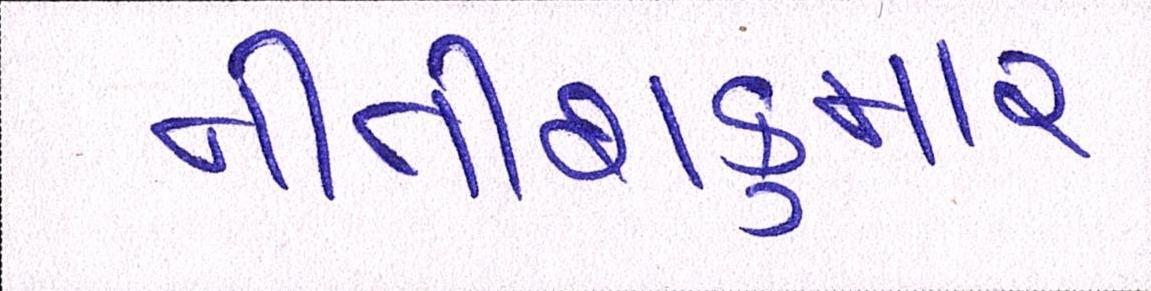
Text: નીતીશકુમાર